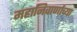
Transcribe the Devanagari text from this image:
महानिवार्णाच्या